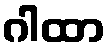
ဂါထာ